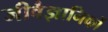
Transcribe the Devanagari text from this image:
जीवैज्ञानिकों